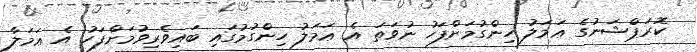
ކޮރަޕްޝަނުގެ ޢަމަލު ހިންގުމަށްފަހު ނުވަތަ އެ ޢަމަލު ހިންގުމުގައި ބައިވެރިވުމަށްފަހު އެ ޢަމަލާ